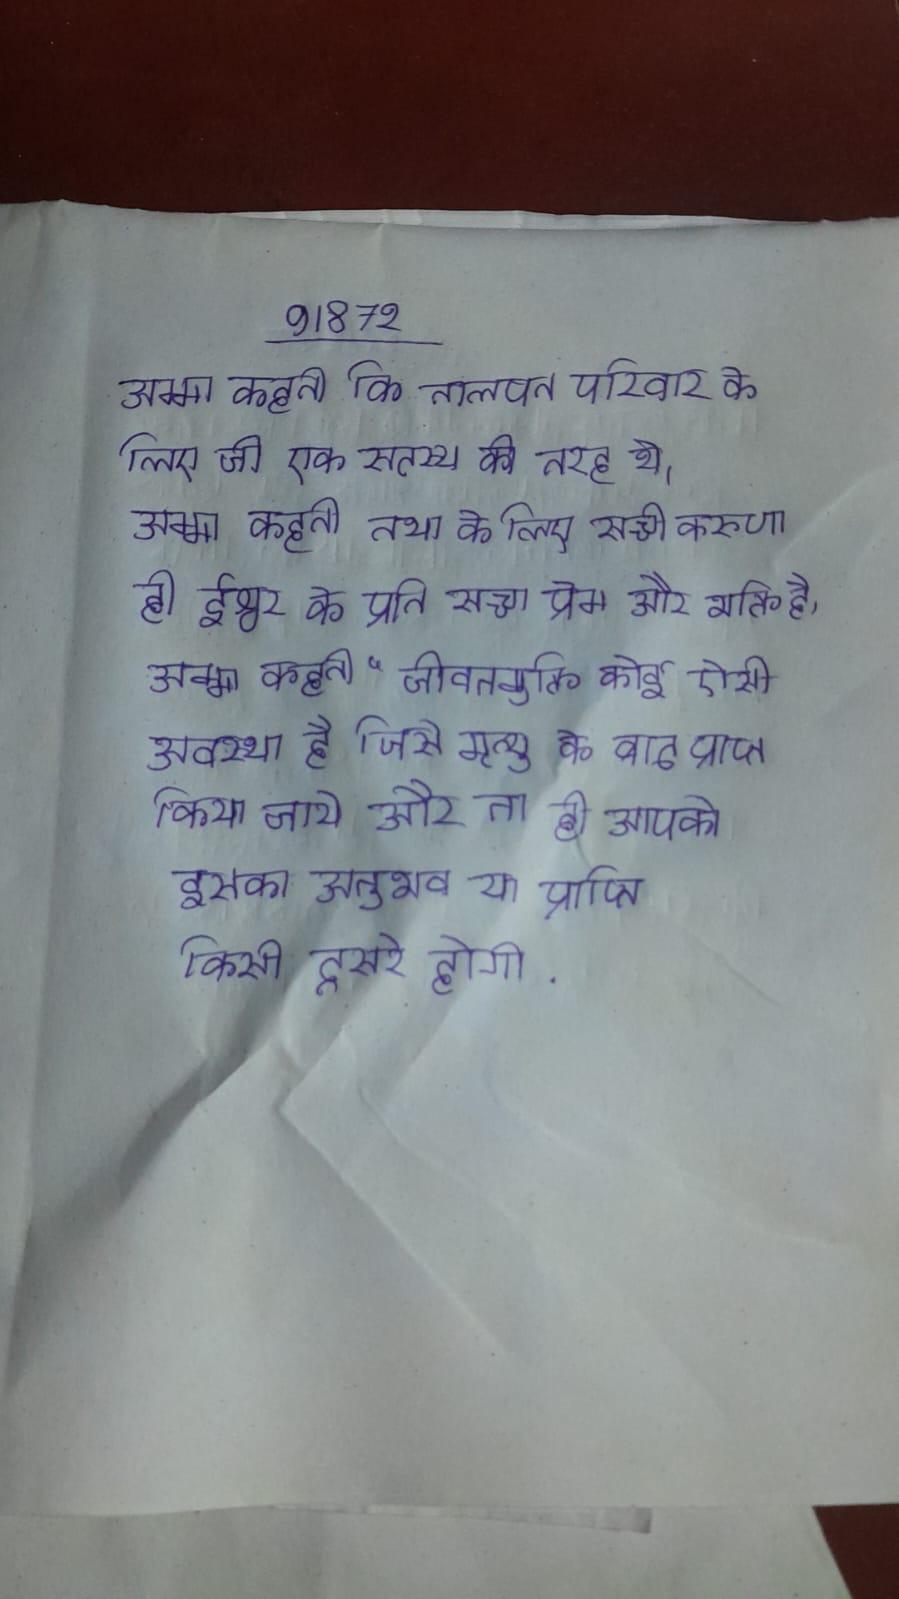
आमतौर पर चीने पत्तागोभी और मूली से बने होते लेकिन इसे है और गोभी आमतौर पर बनाया से मसालेदार चीनी, लेकिन यह भी प्याज हरी बनाया वजह से उपजी है, लहसुन, और अन्य के एक मेजबान . आम तौर पर मध्यवर्ती कपाल सुविकसित होता है और यह पूरी तरह से अनुपस्थित रहता है ।